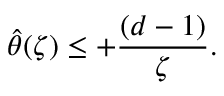
{ \hat { \theta } ( \zeta ) } \leq + { \frac { ( d - 1 ) } { \zeta } } .